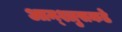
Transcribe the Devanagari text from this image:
आन्श्लुसकडे